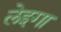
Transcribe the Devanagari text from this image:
लेइगा